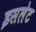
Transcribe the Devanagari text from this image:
इसलेट